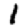
Digit: 1